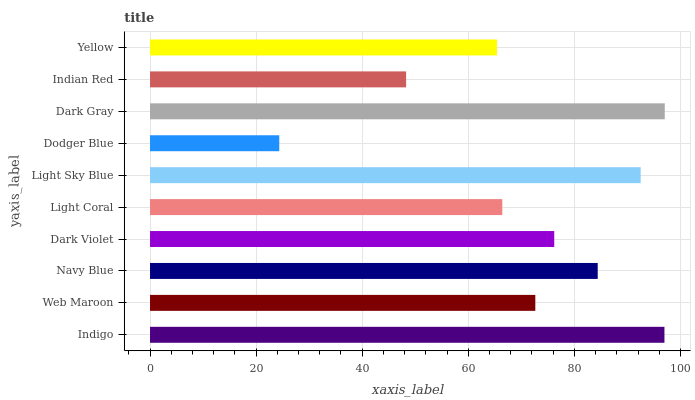
| yaxis_label | bars |
 | --- | --- |
 | Indigo | 97 |
 | Web Maroon | 72.6 |
 | Navy Blue | 84.4 |
 | Dark Violet | 76.2 |
 | Light Coral | 66.4 |
 | Light Sky Blue | 92.5 |
 | Dodger Blue | 24.4 |
 | Dark Gray | 97 |
 | Indian Red | 48.3 |
 | Yellow | 65.4 |